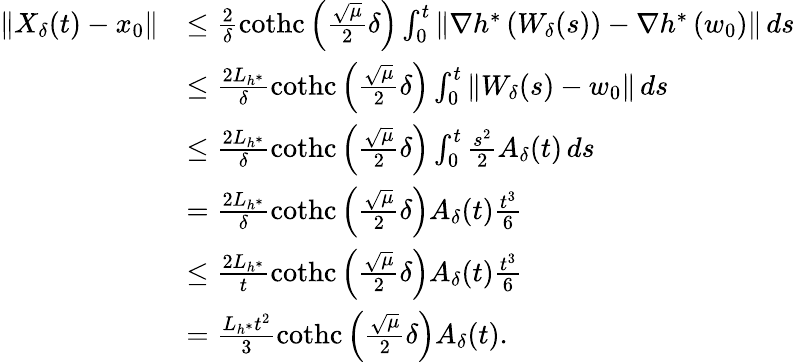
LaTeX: \begin{array}{rl}{\left\Vert X_{\delta}(t)-x_{0}\right\Vert}&{\leq\frac{2}{\delta}\operatorname{cothc}\left(\frac{\sqrt{\mu}}{2}\delta\right)\int_{0}^{t}\left\Vert\nabla h^{*}\left(W_{\delta}(s)\right)-\nabla h^{*}\left(w_{0}\right)\right\Vert\, ds}\\ &{\leq\frac{2L_{h^{*}}}{\delta}\operatorname{cothc}\left(\frac{\sqrt{\mu}}{2}\delta\right)\int_{0}^{t}\left\Vert W_{\delta}(s)-w_{0}\right\Vert\, ds}\\ &{\leq\frac{2L_{h^{*}}}{\delta}\operatorname{cothc}\left(\frac{\sqrt{\mu}}{2}\delta\right)\int_{0}^{t}\frac{s^{2}}{2}A_{\delta}(t)\, ds}\\ &{=\frac{2L_{h^{*}}}{\delta}\operatorname{cothc}\left(\frac{\sqrt{\mu}}{2}\delta\right)A_{\delta}(t)\frac{t^{3}}{6}}\\ &{\leq\frac{2L_{h^{*}}}{t}\operatorname{cothc}\left(\frac{\sqrt{\mu}}{2}\delta\right)A_{\delta}(t)\frac{t^{3}}{6}}\\ &{=\frac{L_{h^{*}}t^{2}}{3}\operatorname{cothc}\left(\frac{\sqrt{\mu}}{2}\delta\right)A_{\delta}(t).}\end{array}